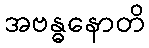
အဗန္ဓနောတိ